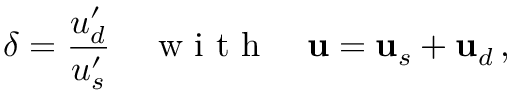
\delta = \frac { u _ { d } ^ { \prime } } { u _ { s } ^ { \prime } } \quad \mathrm { ~ w ~ i ~ t ~ h ~ } \quad { \bf u } = { \bf u } _ { s } + { \bf u } _ { d } \, ,